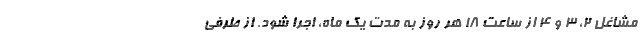
مشاغل ۲، ۳ و ۴ از ساعت ۱۸ هر روز به مدت یک ماه، اجرا شود. از طرفی